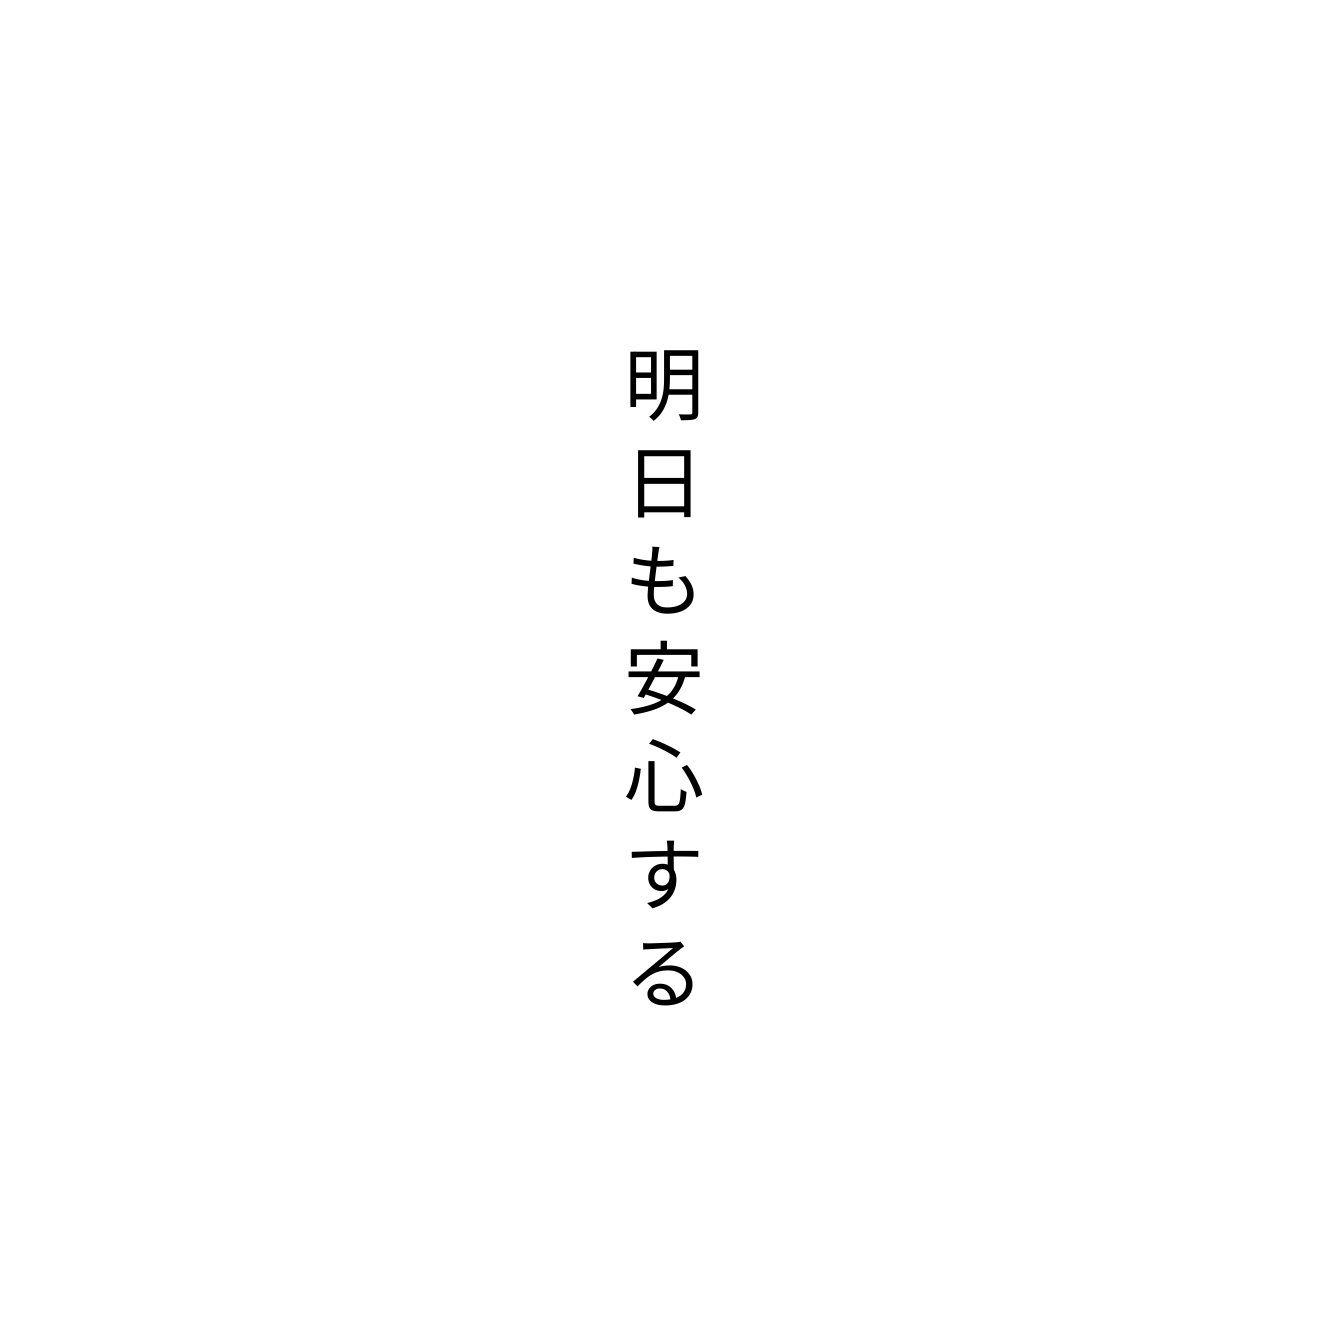
明日も安心する